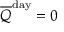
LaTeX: { \overline { { Q } } } ^ { \mathrm { d a y } } = 0